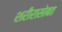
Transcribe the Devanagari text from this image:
शरीरासोबत